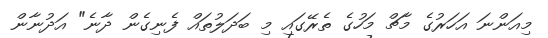
މިއަންނަ އަހަރުގެ މާޗް މަހުގެ ތެރޭގައި މި ބަދަލުތައް ފެނިގެން ދާނެ" އަދުނާން